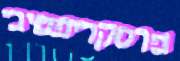
פרסקריפטיבי